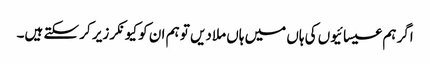
اگر ہم عیسائیوں کی ہاں میں ہاں ملادیں تو ہم ان کو کیونکر زیر کر سکتے ہیں۔